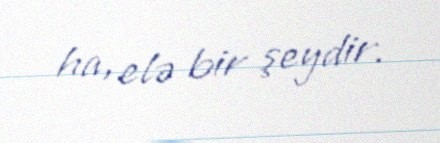
ha, elə bir şeydir.